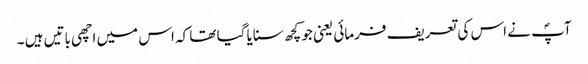
آپؐ نے اس کی تعریف فرمائی یعنی جو کچھ سنایا گیا تھا کہ اس میں اچھی باتیں ہیں ۔